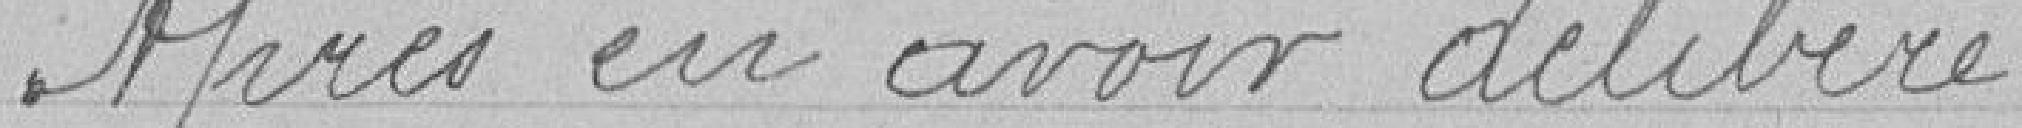
Après en avoir délibéré ;